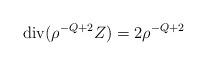
LaTeX: \begin{align*} \operatorname{div} (\rho^{-Q+2}Z) = 2 \rho^{-Q+2} \end{align*}